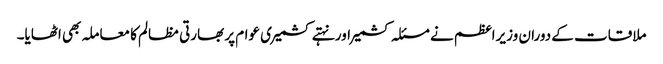
ملاقات کے دوران وزیراعظم نے مسئلہ کشمیر اور نہتے کشمیری عوام پر بھارتی مظالم کا معاملہ بھی اٹھایا۔